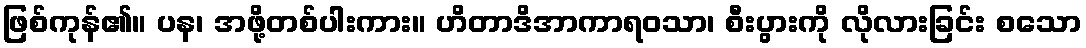
ဖြစ်ကုန်၏။ ပန၊ အဖို့တစ်ပါးကား။ ဟိတာဒိအာကာရဝသာ၊ စီးပွားကို လိုလားခြင်း စသော